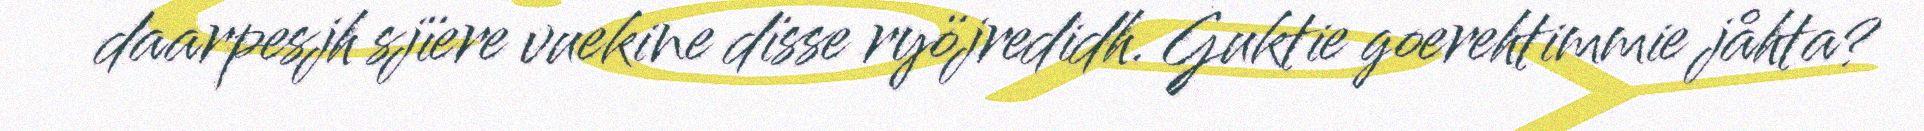
daarpesjh sjïere vuekine dïsse ryöjredidh. Guktie goerehtimmie jåhta?